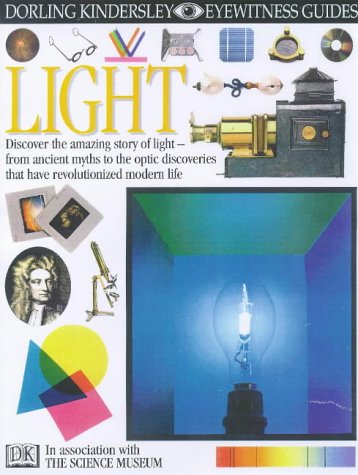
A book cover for Light (Eyewitness Guides); David Burnie; Children's Books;